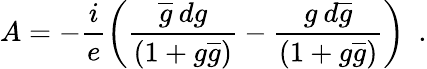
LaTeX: A=-\frac{i}{e}\left(\frac{\overline{{{g}}}\: dg}{(1+g\overline{{{g}}})}-\frac{g\: d\overline{{{g}}}}{(1+g\overline{{{g}}})}\right)~~.